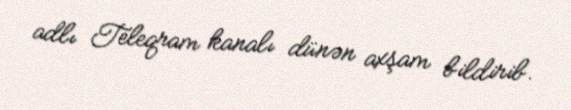
adlı Teleqram kanalı dünən axşam bildirib.